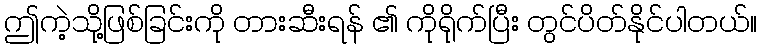
ဤကဲ့သို့ဖြစ်ခြင်းကို တားဆီးရန် ၏ ကိုရိုက်ပြီး တွင်ပိတ်နိုင်ပါတယ်။